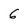
Character: G